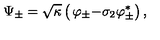
\Psi _ { \pm } = \sqrt { \kappa } \left( \begin{matrix} { \varphi _ { \pm } } \\ { - \sigma _ { 2 } \varphi _ { \pm } ^ { \ast } } \\ \end{matrix} \right) ,